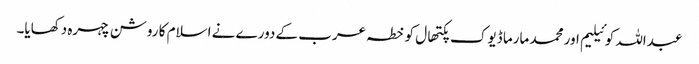
عبداللہ کوئیلیم اور محمد مارما ڈیوک پکتھال کو خطہ عرب کے دورے نے اسلام کا روشن چہرہ دکھایا۔